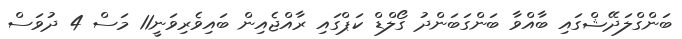
ބަންގްލަދޭޝްގައި ބާއްވާ ބަންގަބަންދު ގޯލްޑް ކަޕްގައި ރާއްޖެއިން ބައިވެރިވަނީ11 މަސް 4 ދުވަސް